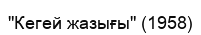
"Кегей жазығы" (1958)